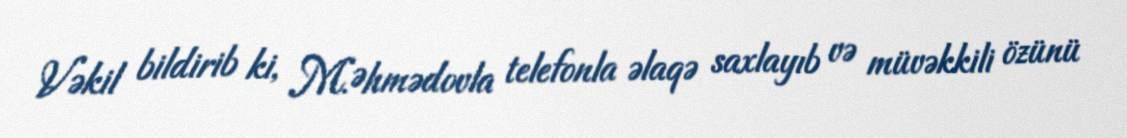
Vəkil bildirib ki, M.Əhmədovla telefonla əlaqə saxlayıb və müvəkkili özünü